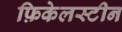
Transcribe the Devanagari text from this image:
फ़िकेलस्टीन